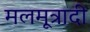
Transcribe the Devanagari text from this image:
मलमूत्रादी